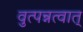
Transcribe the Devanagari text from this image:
वुत्पन्नत्वात्